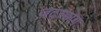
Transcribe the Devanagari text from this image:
ज़टरडाग